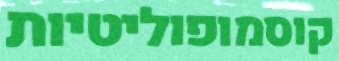
קוסמופוליטיות